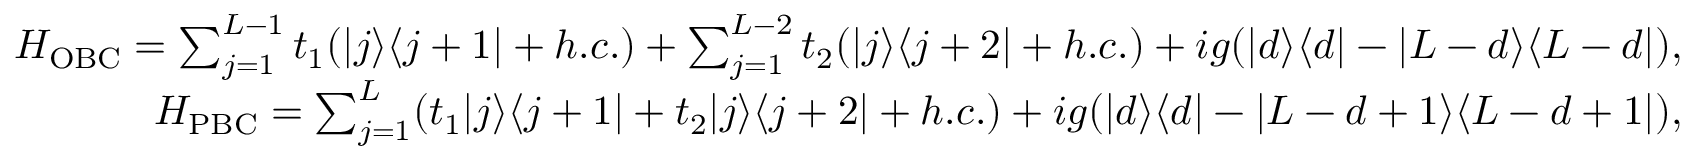
\begin{array} { r l r } & { } & { H _ { \mathrm { O B C } } = \sum _ { j = 1 } ^ { L - 1 } t _ { 1 } ( | j \rangle \langle j + 1 | + h . c . ) + \sum _ { j = 1 } ^ { L - 2 } t _ { 2 } ( | j \rangle \langle j + 2 | + h . c . ) + i g ( | d \rangle \langle d | - | L - d \rangle \langle L - d | ) , } \\ & { } & { H _ { \mathrm { P B C } } = \sum _ { j = 1 } ^ { L } ( t _ { 1 } | j \rangle \langle j + 1 | + t _ { 2 } | j \rangle \langle j + 2 | + h . c . ) + i g ( | d \rangle \langle d | - | L - d + 1 \rangle \langle L - d + 1 | ) , } \end{array}